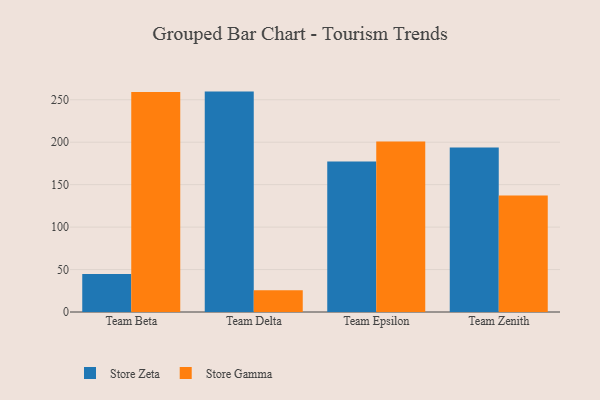
{"axis": {"x": "Team", "y": "Latency (ms)"}, "legend": ["Store Gamma", "Store Zeta"], "data": [{"x": "Team Beta", "y": 44.9, "type": "Store Zeta"}, {"x": "Team Beta", "y": 259.0, "type": "Store Gamma"}, {"x": "Team Delta", "y": 259.6, "type": "Store Zeta"}, {"x": "Team Delta", "y": 25.6, "type": "Store Gamma"}, {"x": "Team Epsilon", "y": 177.3, "type": "Store Zeta"}, {"x": "Team Epsilon", "y": 200.7, "type": "Store Gamma"}, {"x": "Team Zenith", "y": 193.7, "type": "Store Zeta"}, {"x": "Team Zenith", "y": 137.1, "type": "Store Gamma"}]}